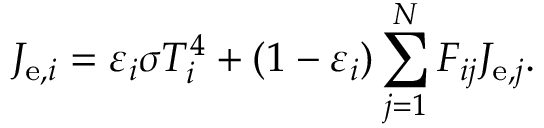
J _ { \mathrm { e } , i } = \varepsilon _ { i } \sigma T _ { i } ^ { 4 } + ( 1 - \varepsilon _ { i } ) \sum _ { j = 1 } ^ { N } F _ { i j } J _ { \mathrm { e } , j } .